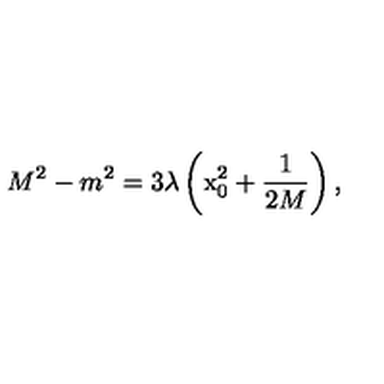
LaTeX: M ^ { 2 } - m ^ { 2 } = 3 \lambda \left( \mathrm { x } _ { 0 } ^ { 2 } + \frac { 1 } { 2 M } \right) ,